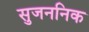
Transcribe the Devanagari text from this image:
सुजननिक